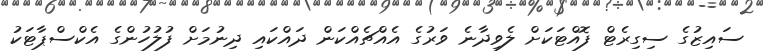
ސައިޒުގެ ސިގިރެޓް ފޮއްޓަކަށް ލެވިދާނެ ވަރުގެ އެއްޗެއްކަން ދައްކައި ދިނުމަށް ފުލުހުންގެ އެކްސްޕާޓަކު